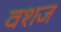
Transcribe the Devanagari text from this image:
वशज